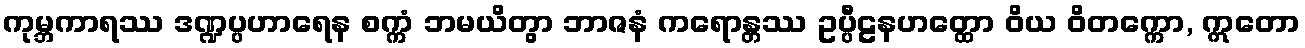
ကုမ္ဘကာရဿ ဒဏ္ဍပ္ပဟာရေန စက္ကံ ဘမယိတွာ ဘာဇနံ ကရောန္တဿ ဥပ္ပီဠနဟတ္ထော ဝိယ ဝိတက္ကော, ဣတော